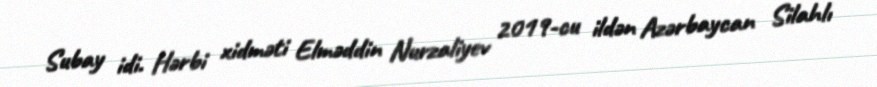
Subay idi. Hərbi xidməti Elməddin Nurzaliyev 2019-cu ildən Azərbaycan Silahlı